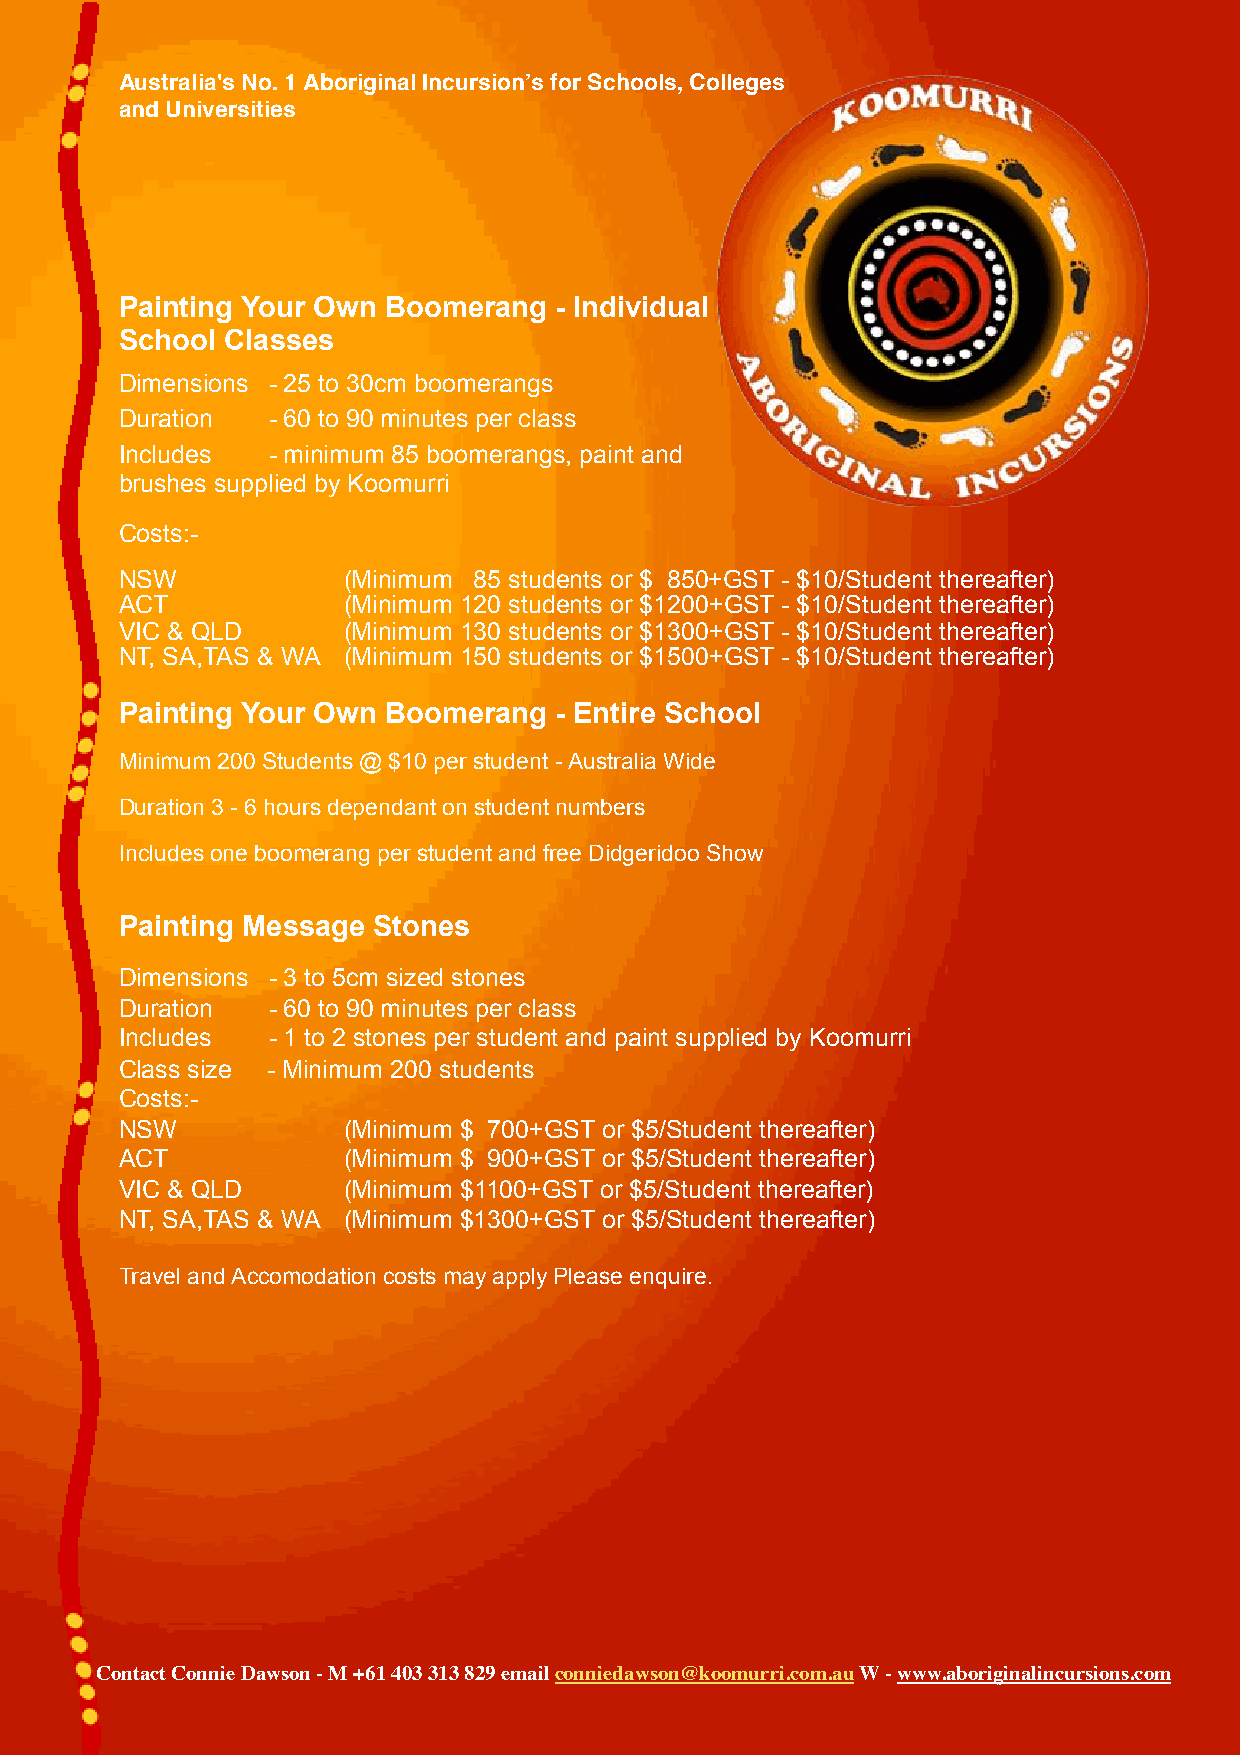
Australia's No. 1 Aboriginal Incursion’s for Schools, Colleges
 and Universities
 Painting Your Own Boomerang  - Individual
 School Classes
 Dimensions - 25 to 30cm boomerangs
 Duration  - 60 to 90 minutes per class
 Includes  - minimum 85 boomerangs, paint and
 brushes supplied by Koomurri
 Costs:-
 NSW            (Minimum 85 students or $ 850+GST - $10/Student thereafter)
 ACT            (Minimum 120 students or $1200+GST - $10/Student thereafter)
 VIC & QLD      (Minimum 130 students or $1300+GST - $10/Student thereafter)
 NT, SA,TAS & WA (Minimum 150 students or $1500+GST - $10/Student thereafter)
 Painting Your Own Boomerang  - Entire School
 Minimum 200 Students @ $10 per student - Australia Wide
 Duration 3 - 6 hours dependant on student numbers
 Includes one boomerang per student and free Didgeridoo Show
 Painting Message Stones
 Dimensions - 3 to 5cm sized stones
 Duration  - 60 to 90 minutes per class
 Includes  - 1 to 2 stones per student and paint supplied by Koomurri
 Class size - Minimum 200 students
 Costs:-
 NSW            (Minimum $ 700+GST or $5/Student thereafter)
 ACT            (Minimum $ 900+GST or $5/Student thereafter)
 VIC & QLD      (Minimum $1100+GST or $5/Student thereafter)
 NT, SA,TAS & WA (Minimum $1300+GST or $5/Student thereafter)
 Travel and Accomodation costs may apply Please enquire.
 Contact Connie Dawson - M +61 403 313 829 email conniedawson@koomurri.com.au W - www.aboriginalincursions.com